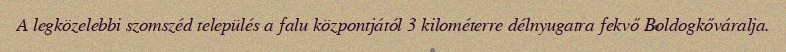
A legközelebbi szomszéd település a falu központjától 3 kilométerre délnyugatra fekvő Boldogkőváralja.